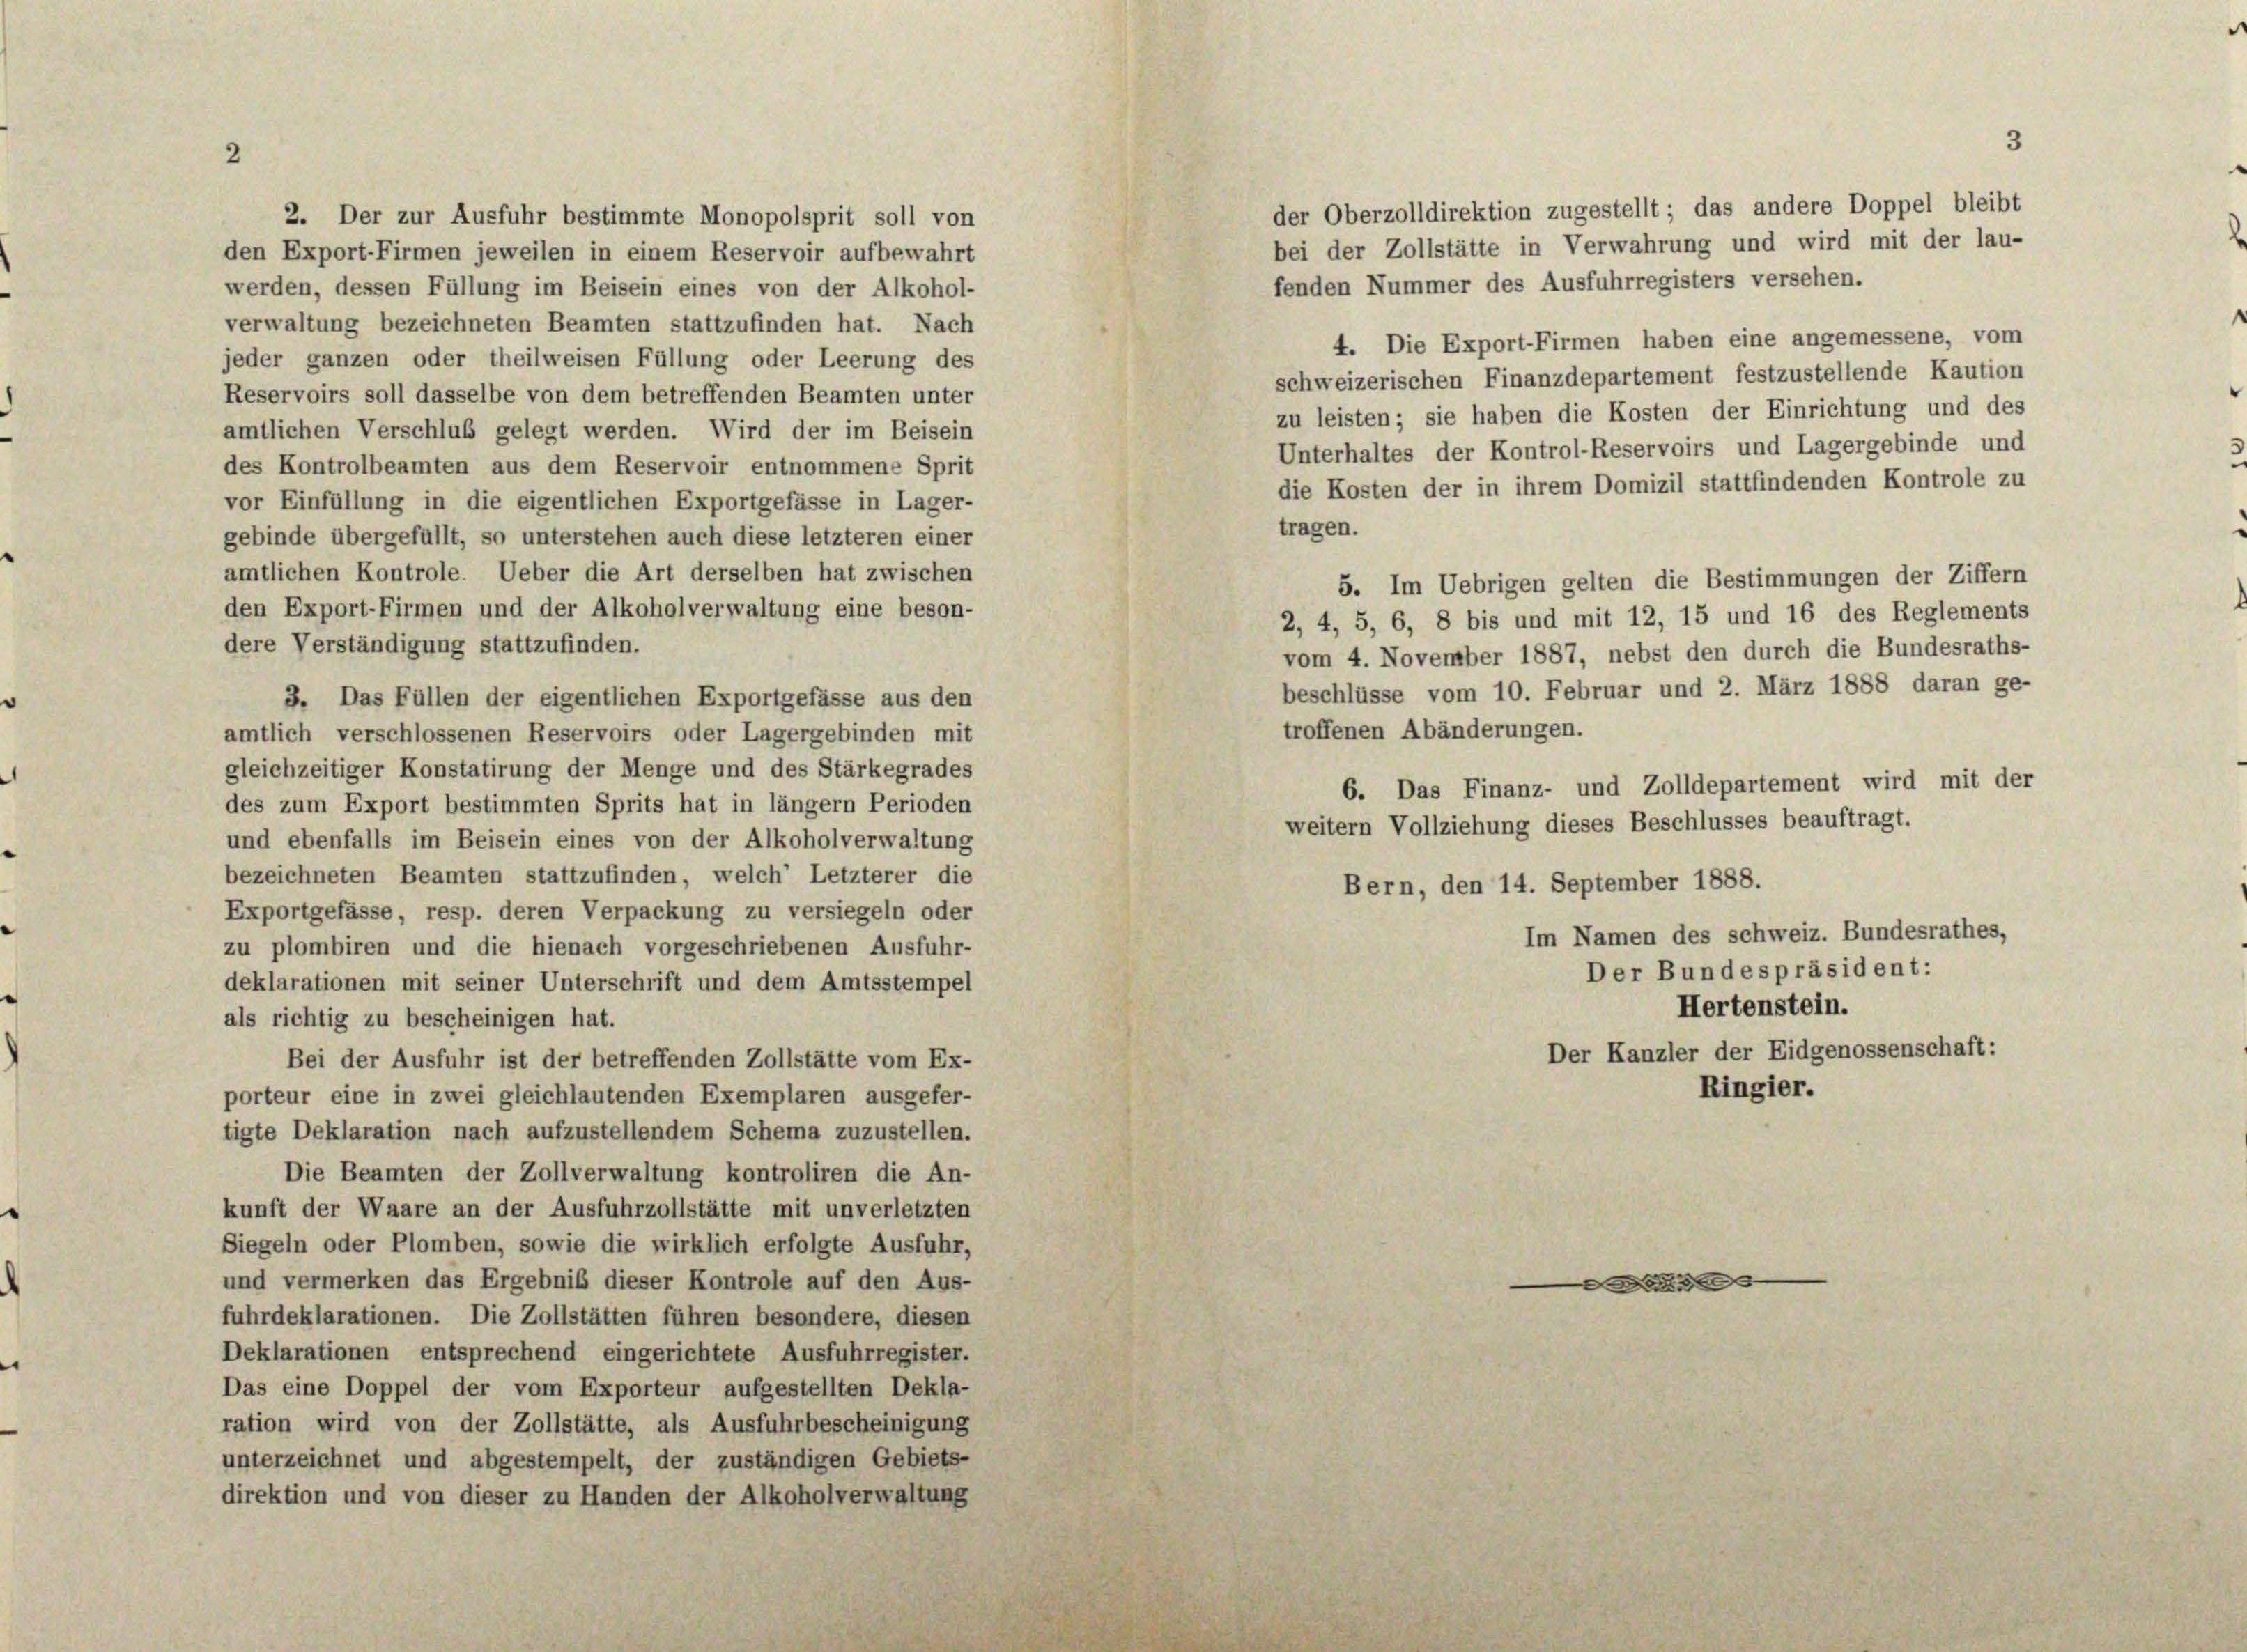
2

2. Der zur Ausfuhr bestimmte Monopolsprit soll von

der Oberzolldirektion zugestellt; das andere Doppel bleibt
bei der Zollstätte in Verwahrung und wird mit der lau-
den Export-Firmen jeweilen in einem Reservoir aufbewahrt
fenden Nummer des Ausfuhrregisters versehen.
werden, dessen Füllung im Beisein eines von der Alkohol-
verwaltung bezeichneten Beamten stattzufinden hat. Nach
4. Die Export-Firmen haben eine angemessene, vom
jeder ganzen oder theilweisen Füllung oder Leerung des
schweizerischen Finanzdepartement festzustellende Kaution
Reservoirs soll dasselbe von dem betreffenden Beamten unter
zu leisten; sie haben die Kosten der Einrichtung und des
amtlichen Verschluß gelegt werden. Wird der im Beisein
Unterhaltes der Kontrol-Reservoirs und Lagergebinde und
des Kontrolbeamten aus dem Reservoir entnommene Sprit
die Kosten der in ihrem Domizil stattfindenden Kontrole zu
vor Einfüllung in die eigentlichen Exportgefässe in Lager-
tragen.
gebinde übergefüllt, so unterstehen auch diese letzteren einer
amtlichen Kontrole. Ueber die Art derselben hat zwischen
5. Im Uebrigen gelten die Bestimmungen der Ziffern
den Export-Firmen und der Alkoholverwaltung eine beson-
2, 4, 5, 6, 8 bis und mit 12, 15 und 16 des Reglements
dere Verständigung stattzufinden.
vom 4. November 1887, nebst den durch die Bundesraths-
beschlüsse vom 10. Februar und 2. März 1888 daran ge-
3. Das Füllen der eigentlichen Exportgefässe aus den
troffenen Abänderungen.
amtlich verschlossenen Reservoirs oder Lagergebinden mit
gleichzeitiger Konstatirung der Menge und des Stärkegrades
6. Das Finanz- und Zolldepartement wird mit der
des zum Export bestimmten Sprits hat in länger Perioden
weitern Vollziehung dieses Beschlusses beauftragt.
und ebenfalls im Beisein eines von der Alkoholverwaltung
bezeichneten Beamten stattzufinden, welch’ Letzterer die
Bern, den 14. September 1888.
Exportgefässe, resp. deren Verpackung zu versiegeln oder
Im Namen des schweiz. Bundesrathes,
zu plombiren und die hienach vorgeschriebenen Ausfuhr-
Der Bundespräsident:
deklarationen mit seiner Unterschrift und dem Amtsstempel
Hertenstein.
als richtig zu bescheinigen hat.
Der Kanzler der Eidgenossenschaft:
Bei der Ausfuhr ist der betreffenden Zollstätte vom Ex-
Ringier.
porteur eine in zwei gleichlautenden Exemplaren ausgefer-
tigte Deklaration nach aufzustellendem Schema zuzustellen.
Die Beamten der Zollverwaltung kontroliren die An-
kunft der Waare an der Ausfuhrzollstätte mit unverletzten
Siegeln oder Plomben, sowie die wirklich erfolgte Ausfuhr,
und vermerken das Ergebnis dieser Kontrole auf den Aus-
d
fuhrdeklarationen. Die Zollstätten führen besondere, diesen
Deklarationen entsprechend eingerichtete Ausfuhrregister.
Das eine Doppel der vom Exporteur aufgestellten Dekla-
ration wird von der Zollstätte, als Ausfuhrbescheinigung
unterzeichnet und abgestempelt, der zuständigen Gebiets-
direktion und von dieser zu Handen der Alkoholverwaltung